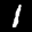
Label: 1